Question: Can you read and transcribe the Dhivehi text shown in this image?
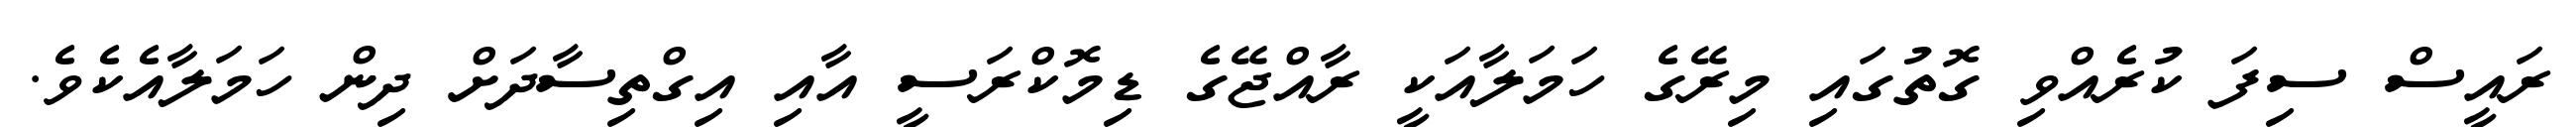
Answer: ރައީސް ސިފަ ކުރެއްވި ގޮތުގައި މިރޭގެ ހަމަލާއަކީ ރާއްޖޭގެ ޑިމޮކްރަސީ އާއި އިގްތިސާދަށް ދިން ހަމަލާއެކެވެ.